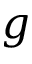
g